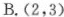
B.(2，3)